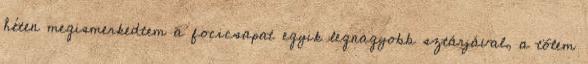
héten megismerkedtem a focicsapat egyik legnagyobb sztárjával, a tõlem